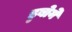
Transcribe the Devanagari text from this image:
डुबोये